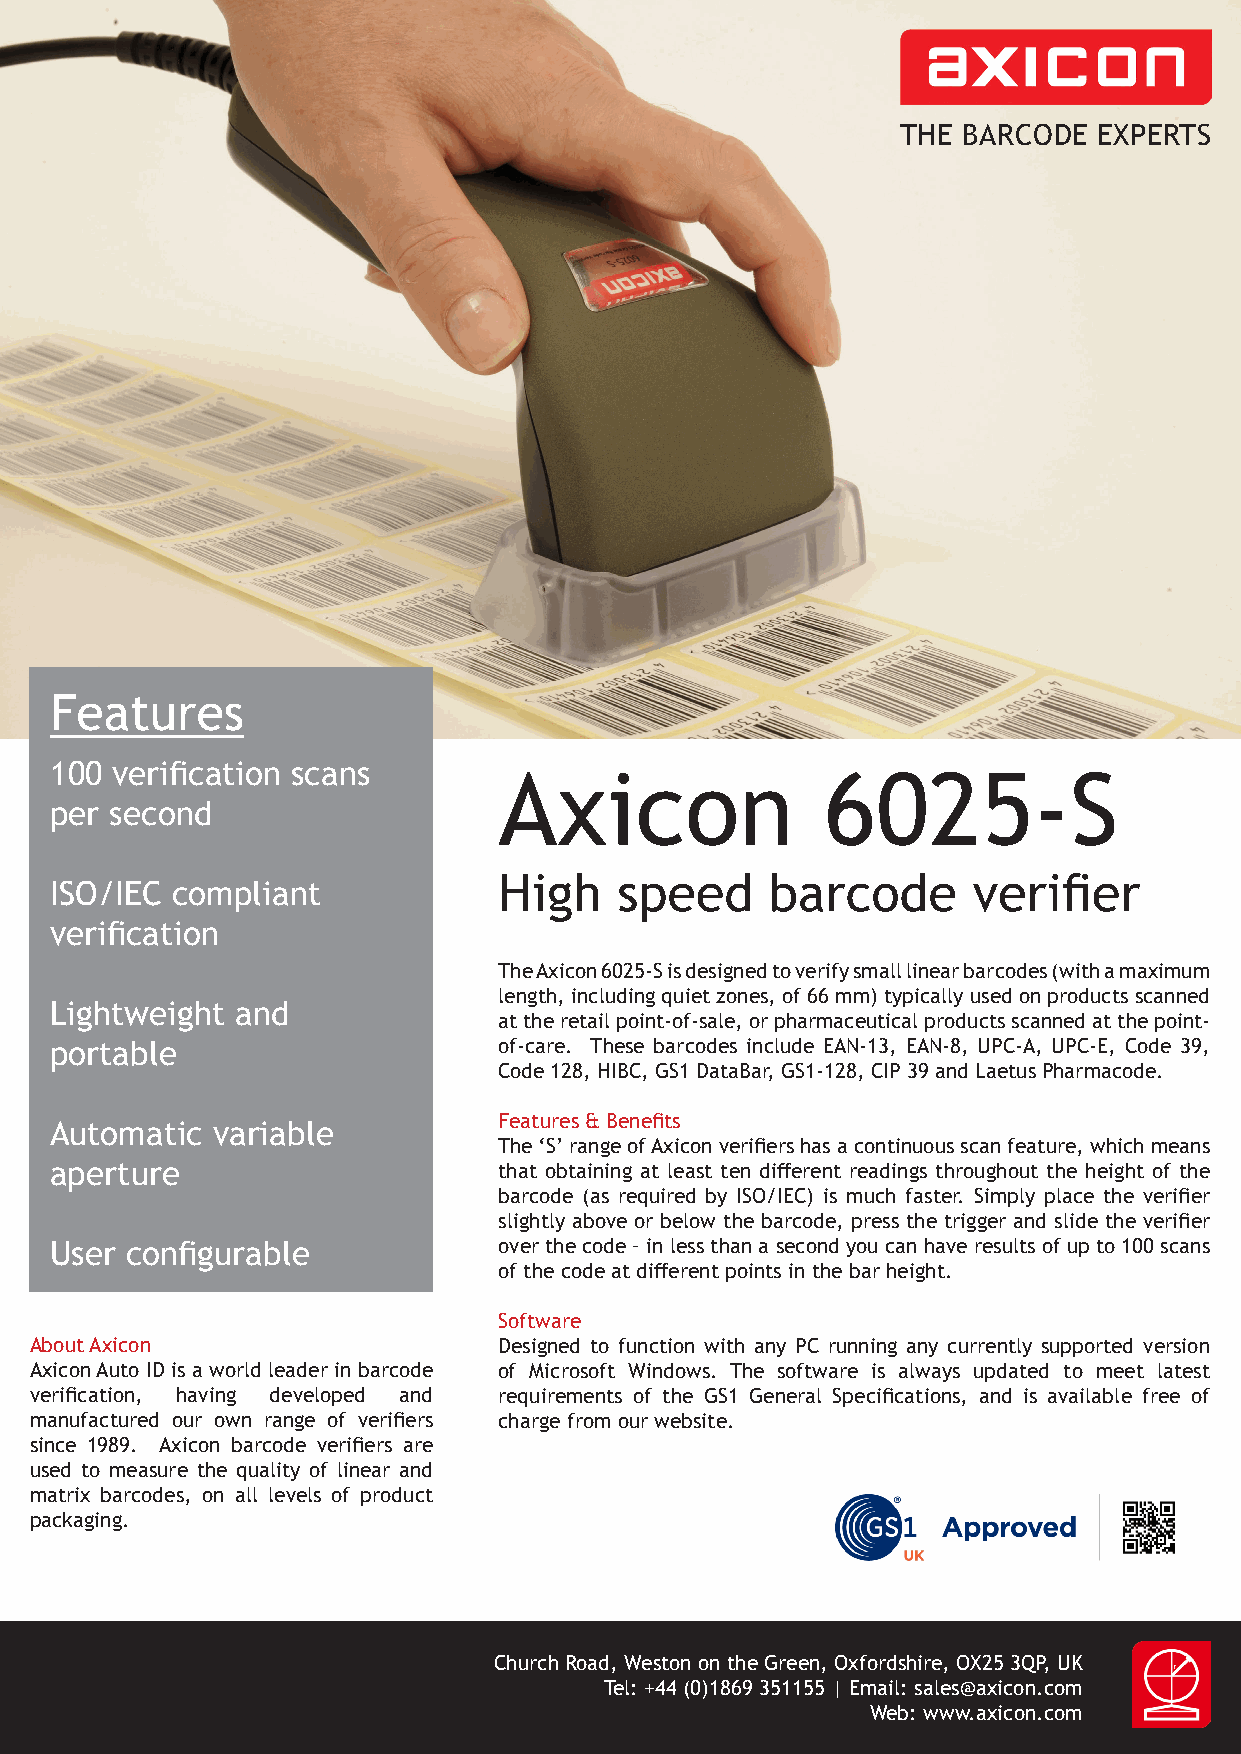
THE BARCODE  EXPERTS
 Features
 100 verification scans
 Axicon                6025-S
 per second
 High    speed     barcode      verifier
 ISO/IEC compliant
 verification
 The Axicon 6025-S is designed to verify small linear barcodes (with a maximum
 length, including quiet zones, of 66 mm) typically used on products scanned
 Lightweight  and
 at the retail point-of-sale, or pharmaceutical products scanned at the point-
 portable                      of-care. These barcodes include EAN-13, EAN-8, UPC-A, UPC-E, Code 39,
 Code 128, HIBC, GS1 DataBar, GS1-128, CIP 39 and Laetus Pharmacode.
 Features & Benefits
 Automatic  variable
 The ‘S’ range of Axicon verifiers has a continuous scan feature, which means
 aperture                      that obtaining at least ten different readings throughout the height of the
 barcode (as required by ISO/IEC) is much faster. Simply place the verifier
 slightly above or below the barcode, press the trigger and slide the verifier
 User configurable             over the code – in less than a second you can have results of up to 100 scans
 of the code at different points in the bar height.
 Software
 About Axicon                   Designed to function with any PC running any currently supported version
 Axicon Auto ID is a world leader in barcode of Microsoft Windows. The software is always updated to meet latest
 verification, having developed and requirements of the GS1 General Specifications, and is available free of
 manufactured our own range of verifiers charge from our website.
 since 1989. Axicon barcode verifiers are
 used to measure the quality of linear and
 matrix barcodes, on all levels of product
 packaging.
 Church Road, Weston on the Green, Oxfordshire, OX25 3QP, UK
 Tel: +44 (0)1869 351155 | Email: sales@axicon.com
 Web: www.axicon.com